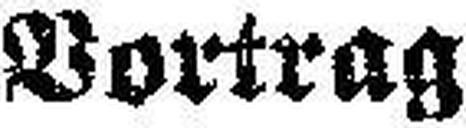
Vortrag